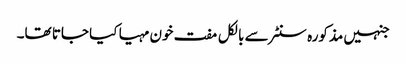
جنہیں مذکورہ سنٹر سے بالکل مفت خون مہیا کیا جاتا تھا۔